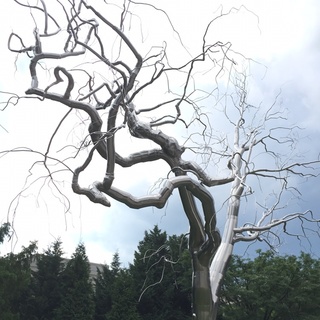
庭中有奇树，绿叶发华滋。